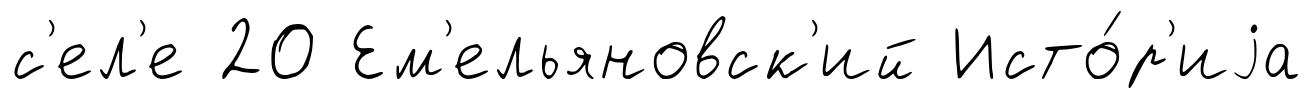
с'ел'е 20 Ем'ельяновск'ий Исто́р'иjа